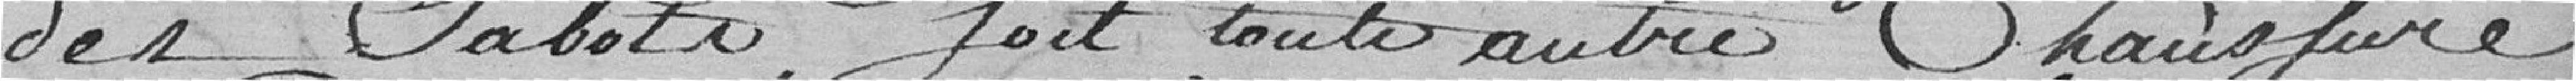
des Sabots fait toute autre Chaussure